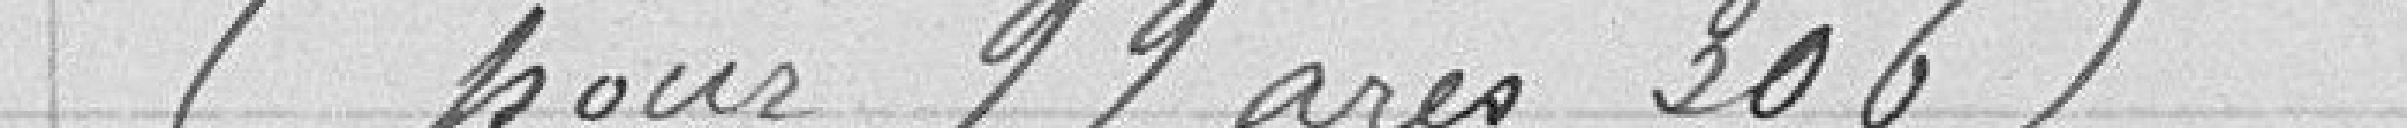
(pour 99 ares 306)